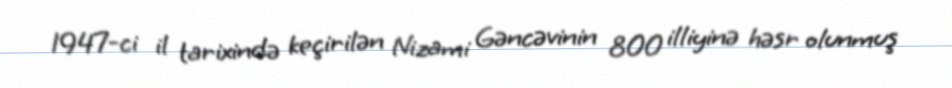
1947-ci il tarixində keçirilən Nizami Gəncəvinin 800 illiyinə həsr olunmuş